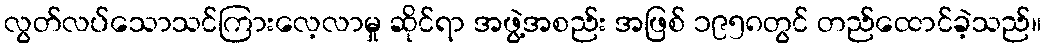
လွတ်လပ်သောသင်ကြားလေ့လာမှု ဆိုင်ရာ အဖွဲ့အစည်း အဖြစ် ၁၉၅၈တွင် တည်ထောင်ခဲ့သည်။